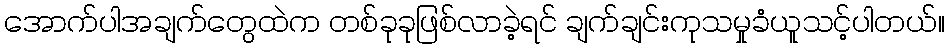
အောက်ပါအချက်တွေထဲက တစ်ခုခုဖြစ်လာခဲ့ရင် ချက်ချင်းကုသမှုခံယူသင့်ပါတယ်။